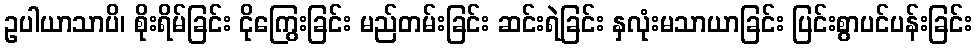
ဥပါယာသာပိ၊ စိုးရိမ်ခြင်း ငိုကြွေးခြင်း မည်တမ်းခြင်း ဆင်းရဲခြင်း နှလုံးမသာယာခြင်း ပြင်းစွာပင်ပန်းခြင်း